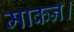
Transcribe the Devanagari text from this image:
माकन।